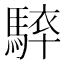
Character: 𩣰